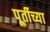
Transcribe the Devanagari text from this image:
पूर्तीच्या